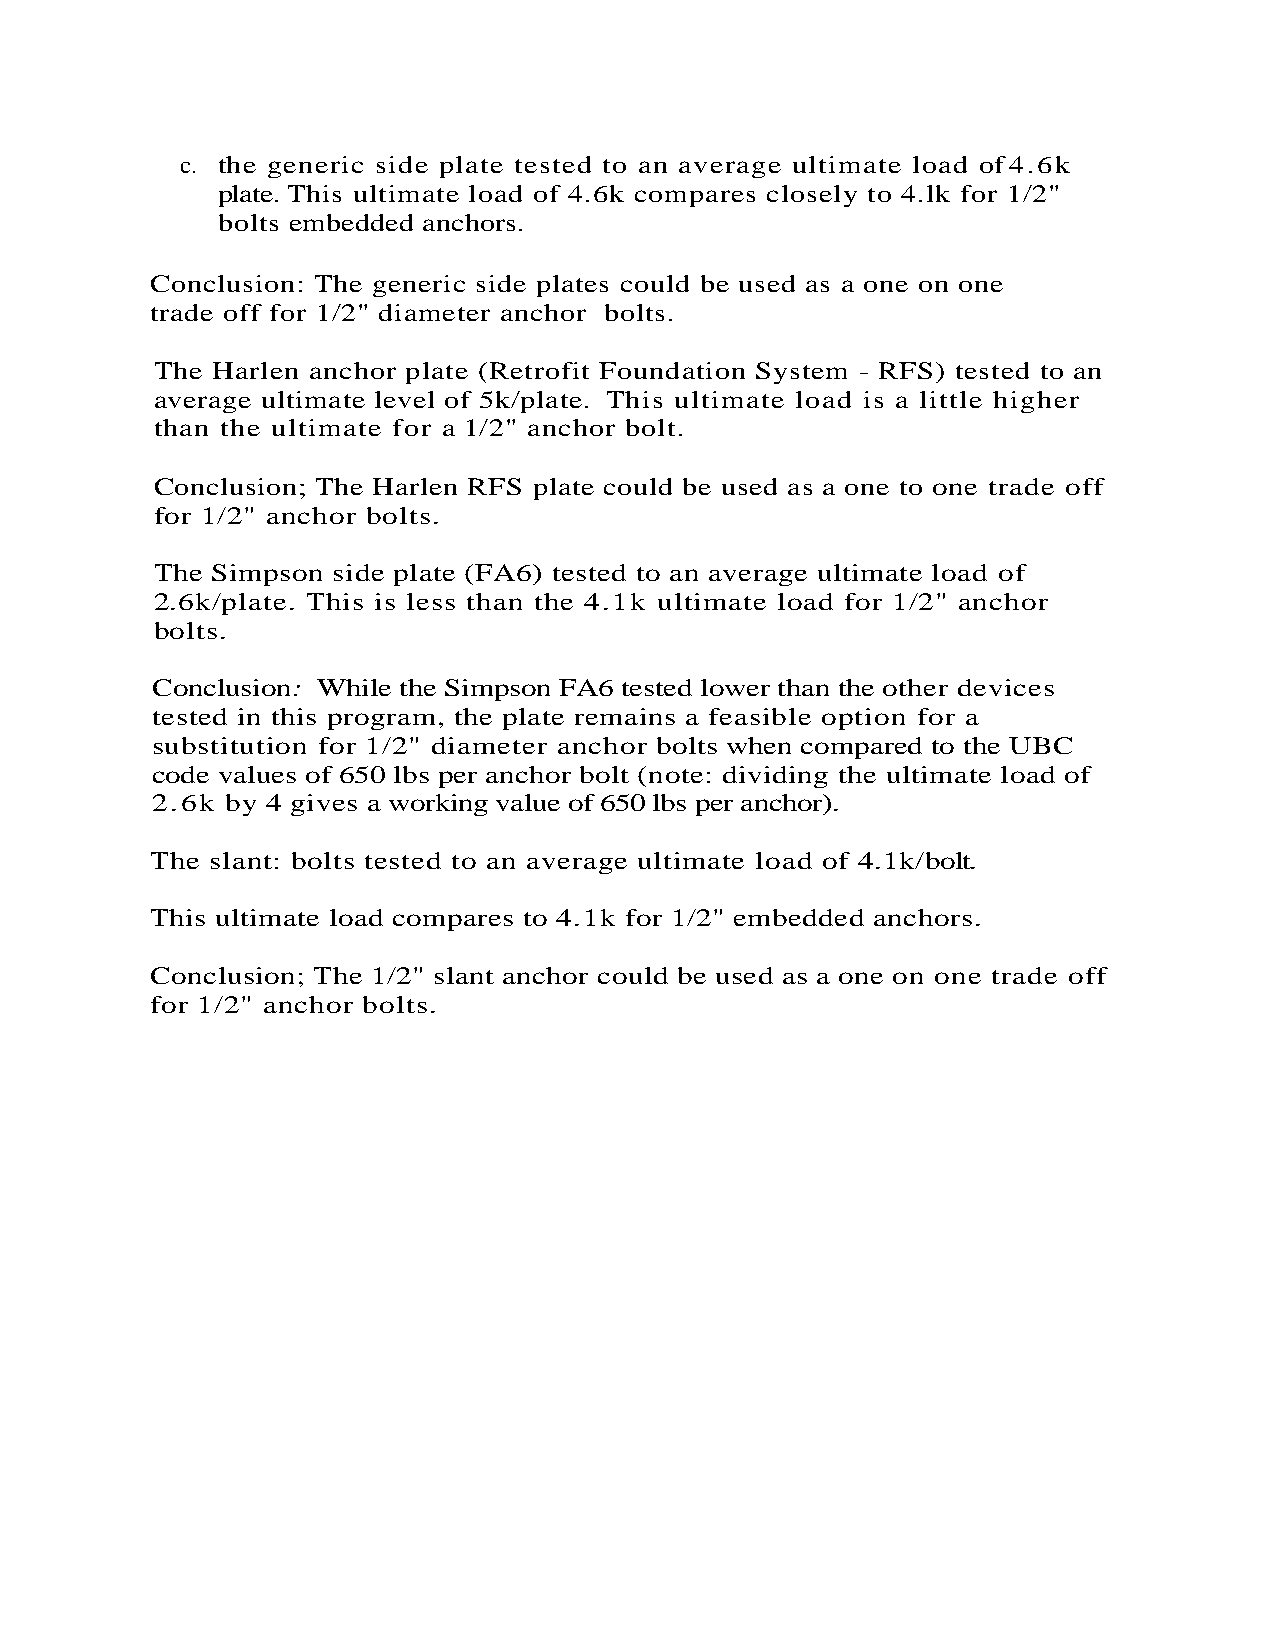
c. the generic side plate tested to an average ultimate load of 4.6k
 plate. This ultimate load of 4.6k compares closely to 4.lk for 1/2"
 bolts embedded anchors.
 Conclusion: The generic side plates could be used as a one on one
 trade off for 1/2" diameter anchor bolts.
 The Harlen anchor plate (Retrofit Foundation System - RFS) tested to an
 average ultimate level of 5k/plate. This ultimate load is a little higher
 than the ultimate for a 1/2" anchor bolt.
 Conclusion; The Harlen RFS plate could be used as a one to one trade off
 for 1/2" anchor bolts.
 The Simpson side plate (FA6) tested to an average ultimate load of
 2.6k/plate. This is less than the 4.1k ultimate load for 1/2" anchor
 bolts.
 Conclusion: While the Simpson FA6 tested lower than the other devices
 tested in this program, the plate remains a feasible option for a
 substitution for 1/2" diameter anchor bolts when compared to the UBC
 code values of 650 lbs per anchor bolt (note: dividing the ultimate load of
 2.6k by 4 gives a working value of 650 lbs per anchor).
 The slant: bolts tested to an average ultimate load of 4.1k/bolt.
 This ultimate load compares to 4.1k for 1/2" embedded anchors.
 Conclusion; The 1/2" slant anchor could be used as a one on one trade off
 for 1/2" anchor bolts.